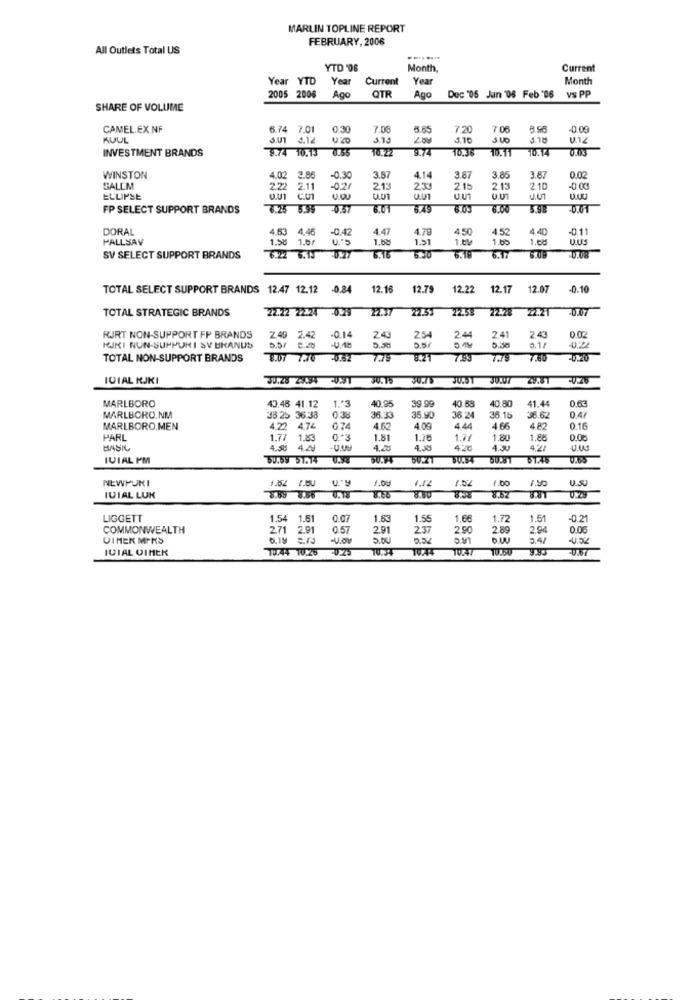
MARLIN TOPLINE REPORT
FEBRUARY, 2006
All Outlets Total US
YTD '06
Month,
Current
Year YTD
Year
Current
Year
Month
OTR
2005 2006
Ago
Ago
Dec "05 Jan '06 Feb '06 vs PP
SHARE OF VOLUME
CAMEL.EX.NF
6.74 7.01
0.30
7.08
3.65
7.20
7.06
8.56
-0.09
KUUL
4.12
3.15
3.10
5.18
INVESTMENT BRANDS
9.74 10.13
10:22
9.74
70.14
WINSTON
4.02
3.86
-0.30
3.87
4.14
3.87
3.85
3.87
0.02
SALEM
222
2.11
-0.21
213
23
2.15
2.13
2.10
-0.00
ECLIPSE
O.U1 C.U1
J.UT
FP SELECT SUPPORT BRANDS
6.01
8.49
6.00
3.98
0.01
DORAL
4.63
4.46
-0.42
4.47
4.78
4.5
4.52
4.40
-0.11
FALLSAV
1.58
1.6/
2.5
1.68
1.51
1.00
1.08
SV SELECT SUPPORT BRANDS
6.22 6.13
6.20
6.17
TOTAL SELECT SUPPORT BRANDS 12.47 12.12 -0.24
12.16
12.79
12.22
12.17
12.07
-0.10
TOTAL STRATEGIC BRANDS
22.22 22224 -0.29
22.28
12.2T
-0.47
RJRT NON-SUPPORT FP BRANDS
2.49 2.42
-0.14
2.43
25
2.44
2.41
243
0.02
KIKI NUN-SUPPURI SY URANUS
550
0.1/
TOTAL NON-SUPPORT BRANDS
8.07 7.70 -0.52
729
8.21
7.93
7.80
-0.20
ICIAL RJKI
30.28 23094
30.75
30.75
JUST
23.67
MARLBORO
1.º3
40.95
39.99
40.80
41.44
43.48 41.12
40.58
MARLBORO.NM
38.25 36.38
0:36
36.33
35.90
36 :24
36.15
36.62
0.47
MARLBORO.MEN
4.22 4.74
4.62
4.09
4.44
4.66
4.82
0.16
PARL
1.77
1.83
1.81
1.78
1.80
1.86
0.00
BASIL
4.2
4.4
4.38
4.27
IVIAL PM
50.59 51.14
50:21
61.45
0.85
R.7
NEWPURI
1.62 /.BU
1.00
IUIAL LUK
8.89 8.56
U.18
8.65
8.SZ
LIGGETT
1.54 1.61
0.07
1.63
1.55
1.6€
1.72
1.51
-0.21
COMMONWEALTH
271
2.91
0.57
2.91
237
2.90
LA'C
2.89
2.94
0.00
VIMEK MIKS
6.1M
5.DU
0.4/
IVIAL OIMEK
70.44 70.26
9.83